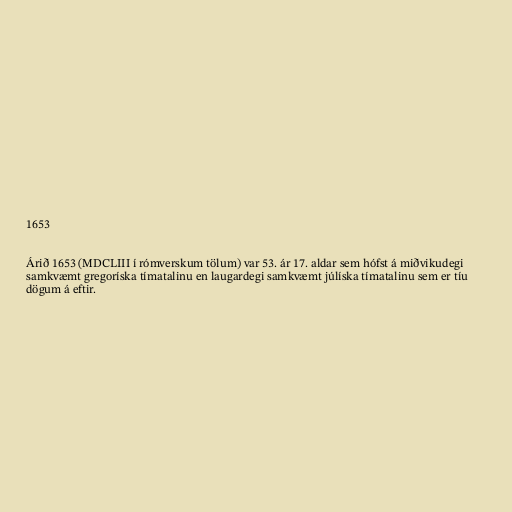
1653

Árið 1653 (MDCLIII í rómverskum tölum) var 53. ár 17. aldar sem hófst á miðvikudegi
samkvæmt gregoríska tímatalinu en laugardegi samkvæmt júlíska tímatalinu sem er tíu
dögum á eftir.